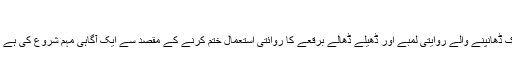
افغانستان کا روایتی برقعہ
افغان نوجوانوں نے مسلم خواتین کے گھر سے باہر پہن کر نکلنے والے سر سے پاؤں تک ڈھانپنے والے روایتی لمبے اور ڈھیلے ڈھالے برقعے کا روائتی استعمال ختم کرنے کے مقصد سے ایک آگاہی مہم شروع کی ہے ہیں جسے"Sun Behind Curtain،” یا پردے کے پیچھے سورج کا نام دیا گیا ہے ۔